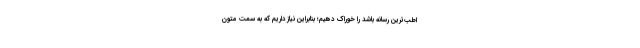
اطب‌ترین رسانه باشد را خوراک دهیم؛ بنابراین نیاز داریم که به سمت متون